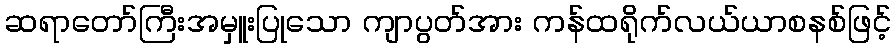
ဆရာတော်ကြီးအမှူးပြုသော ကျာပွတ်အား ကန်ထရိုက်လယ်ယာစနစ်ဖြင့်